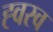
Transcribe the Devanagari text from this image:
ह्वस्व